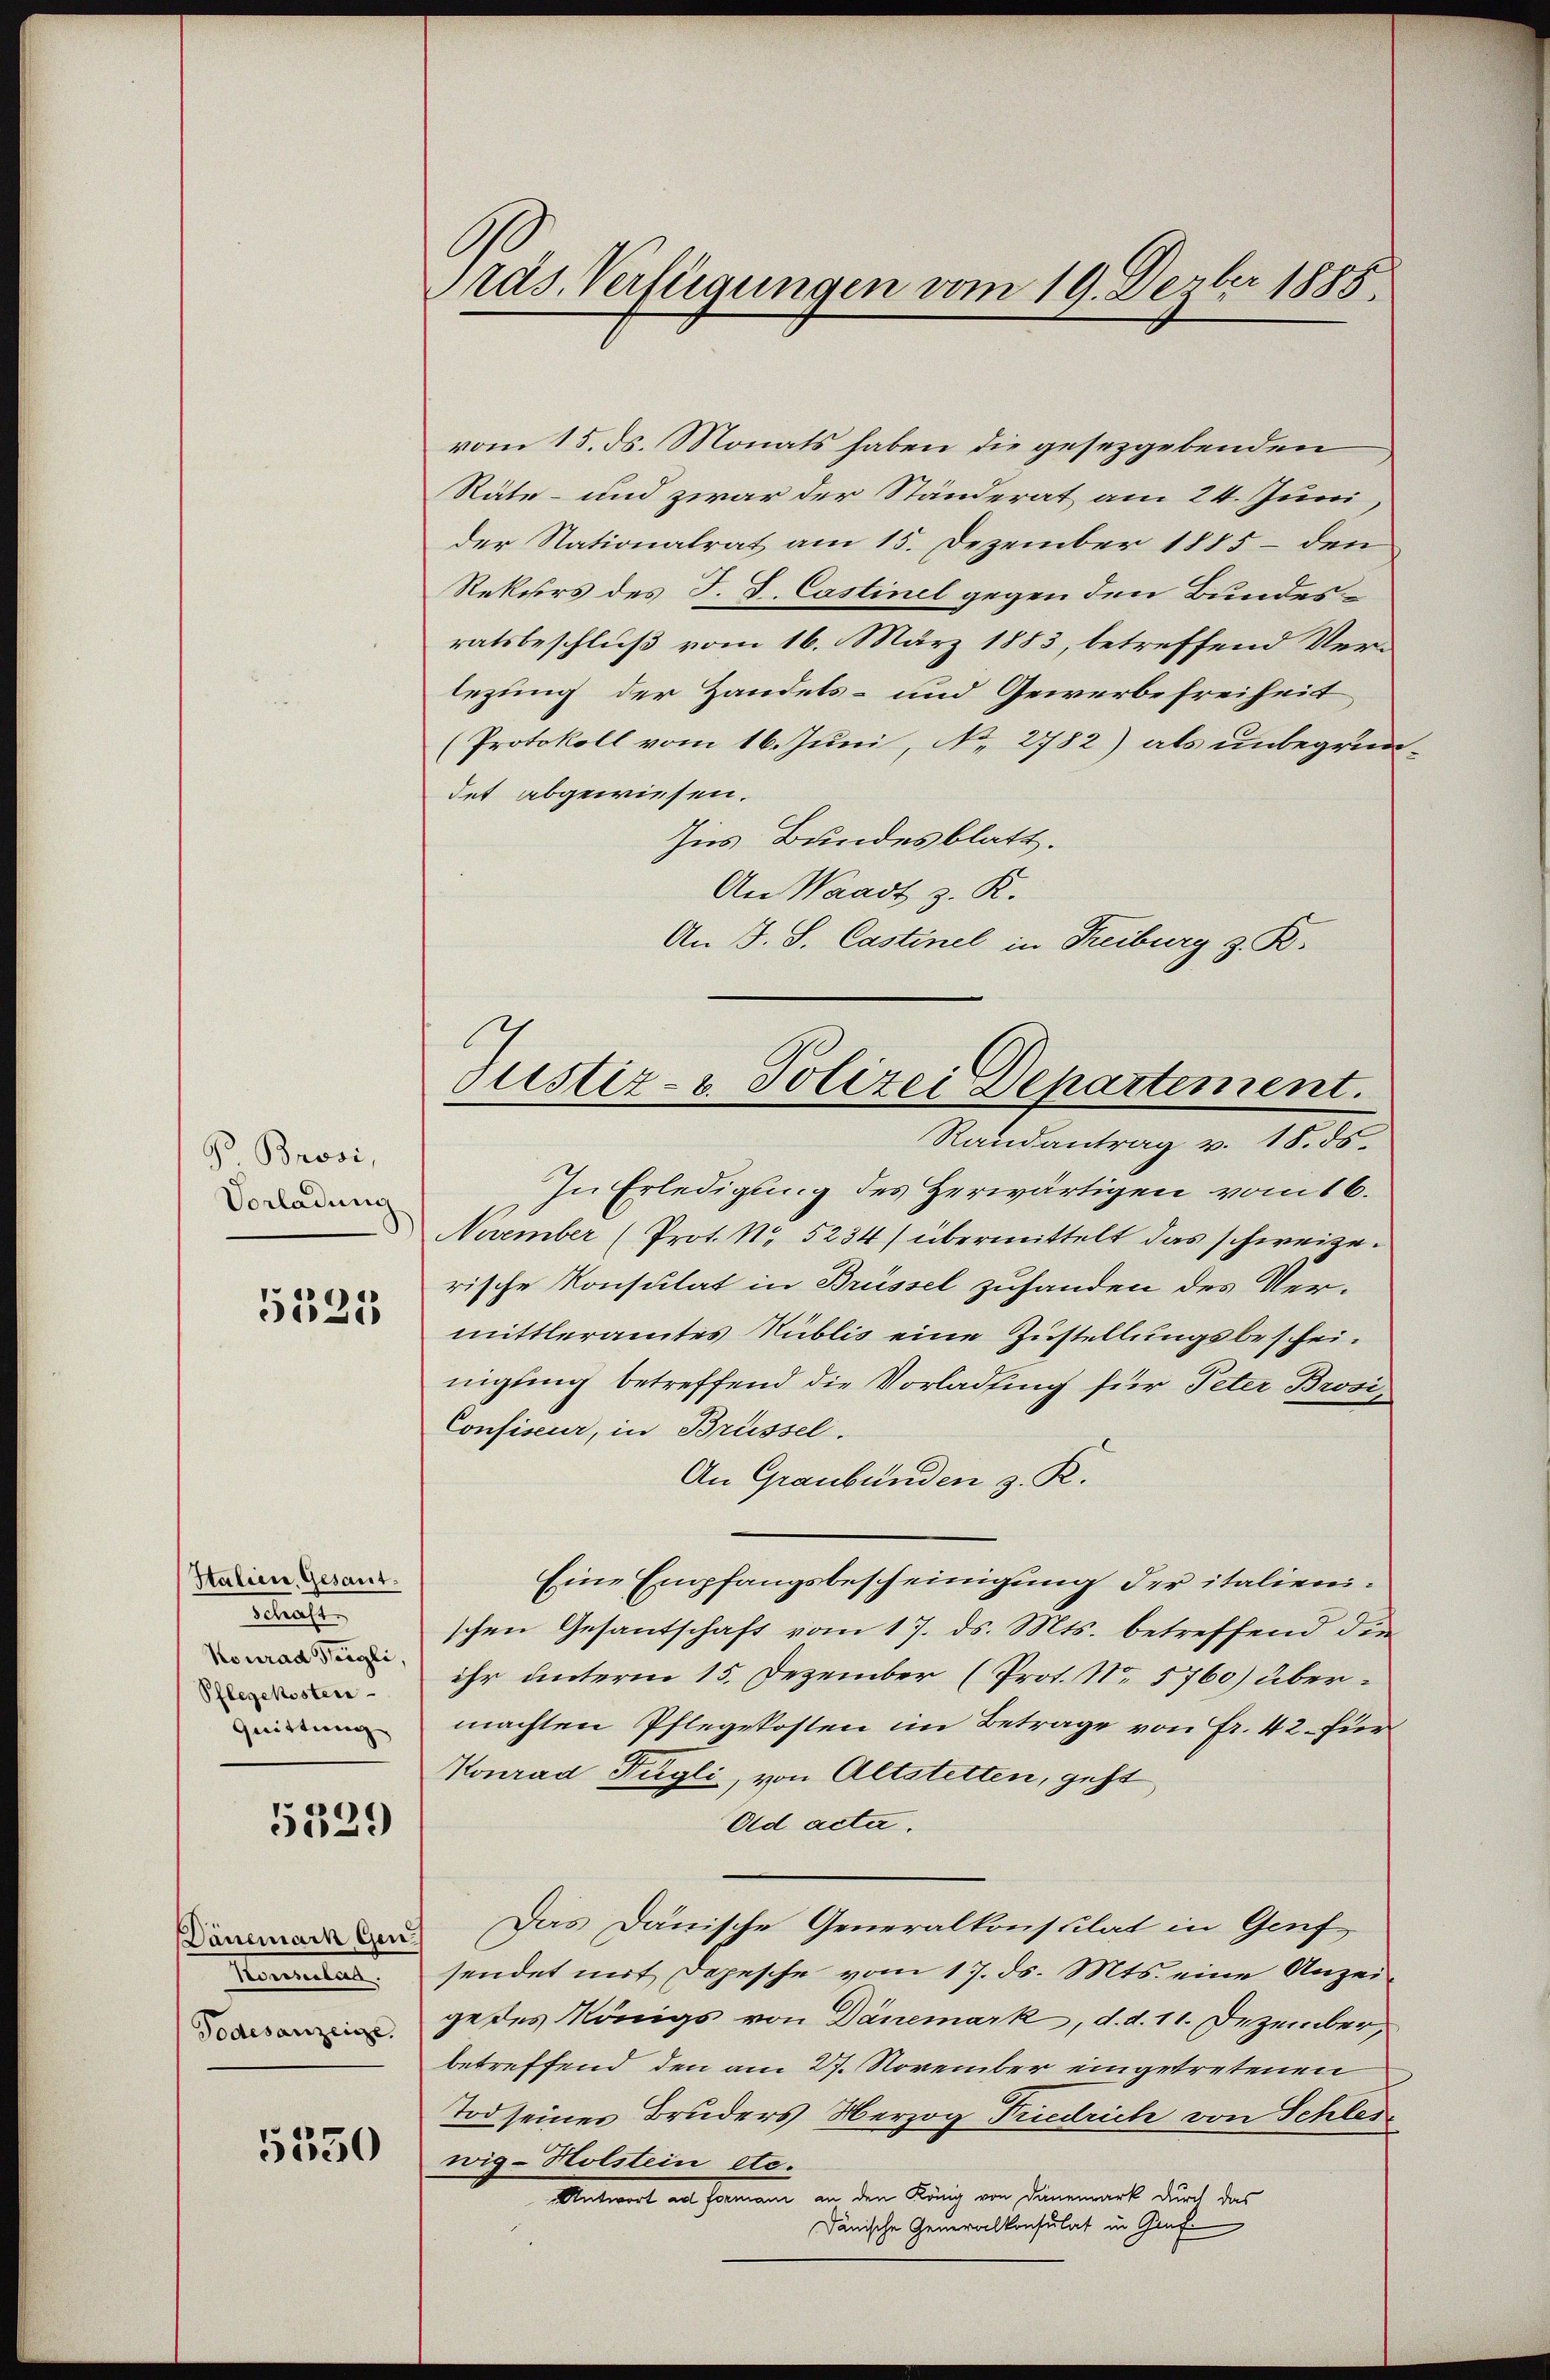
V Brosi,
Vorladung

5525

Italien. Gesant.
ecret
Konrad Weigli,
Pflegekosten
Quittung

e
2)

Konsulas.
Todesanzeige.

5350

ras Verfügungen vom 19. Dezbr 1885.

vom 15. ds. Monats haben die gesetzgebenden
Räte- und zwar der Ständerat am 24. Juni,
der Nationalrat am 15. Dezember 1885 - den
Rekurs des J. J. Castinel gegen den Bundesratsbeschluß vom 16. März 1883, betreffend Verlegung der Handels- und Gewerbefreiheit
(Protokoll vom 16. Juni, No. 2782) als unbegründet abgewiesen.
Ins Bundesblatt.
An Waadt z. K.
An J. S. Castinel in Freiburg z. R.
In Erledigung des Herwärtigen vom 16.
November (Prot. No. 5234/ übermittelt das schweize.
rische Konsulat in Brüssel zufanden des Vermittleramtes Nüblis eine Zustellungsbescheinigung betreffend die Vorladung für Peter Brosi¬
Confiseur, in Brüssel.
An Graubünden z. R.
Eine Empfangsbescheinigung der italienischen Gesantschaft vom 17. ds. Mts. betreffend die
ihr unterm 15. Dezember (Prot. No. 5760) übermachten Pflegekosten im Betrage von Fr. 42. für
Konrad Fügli, von Altstetten, geht
Ad acta.
 Das Danische Generalkonsulat in Genf
sendet mit Depesche vom 17. ds. Mts. eine Anzeige des Königs von Dänemark, d. d. 11. Dezember,
betreffend den am 27. November eingetretenen
Tod seiner Bruders Herzog Friedrich von Schleiwig-Holstein etc.
Antwort an Formann an den König von Deinemark durch das
Dänische Generalkonsulat in Graf

Justiz- u. Polizei Departement.
Randantrag v. 18. ds.